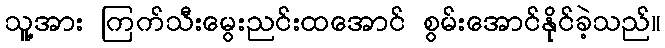
သူ့အား ကြက်သီးမွေးညင်းထအောင် စွမ်းအောင်နိုင်ခဲ့သည်။